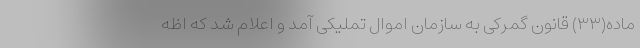
ماده(۳۳) قانون گمرکی به سازمان اموال تملیکی آمد و اعلام شد که اظه